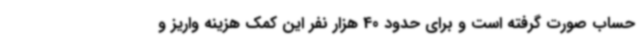
حساب صورت گرفته است و برای حدود 40 هزار نفر این کمک هزینه واریز و